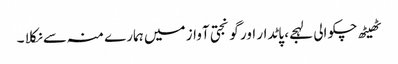
ٹھیٹھ چکوالی لہجے، پاٹدار اور گونجتی آواز میں ہمارے منہ سے نکلا ۔